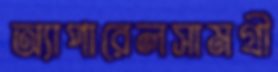
অ্যাপারেলসামগ্রী